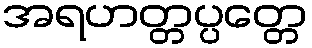
အရဟတ္တပ္ပတ္တေ